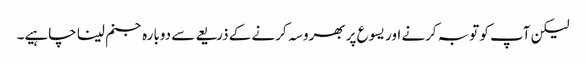
لیکن آپ کو توبہ کرنے اور یسوع پر بھروسہ کرنے کے ذریعے سے دوبارہ جنم لینا چاہیے۔